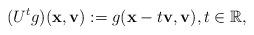
LaTeX: \begin{align*} (U^{t}g)(\mathbf{x},\mathbf{v}):=g(\mathbf{x}-t\mathbf{v},\mathbf{v}), t \in \mathbb{R}, \end{align*}